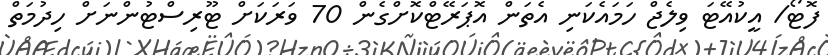
ފޮޓޯ/ އީކުއޭޓަ ވިލެޖް ހަމައެކަނި އެތަން އޮޕަރޭޓްކޮށްގެން 70 ވަރަކަށް ޓޫރިސްޓުންނަށް ހިދުމަތް